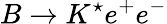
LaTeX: B\to K^{\star}e^{+}e^{-}